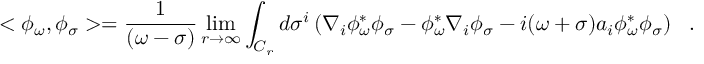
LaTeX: < \phi _ { \omega } , \phi _ { \sigma } > = { \frac { 1 } { ( \omega - \sigma ) } } \operatorname * { l i m } _ { r \rightarrow \infty } \int _ { C _ { r } } d \sigma ^ { i } \left( \nabla _ { i } \phi _ { \omega } ^ { * } \phi _ { \sigma } - \phi _ { \omega } ^ { * } \nabla _ { i } \phi _ { \sigma } - i ( \omega + \sigma ) a _ { i } \phi _ { \omega } ^ { * } \phi _ { \sigma } \right) ~ ~ .